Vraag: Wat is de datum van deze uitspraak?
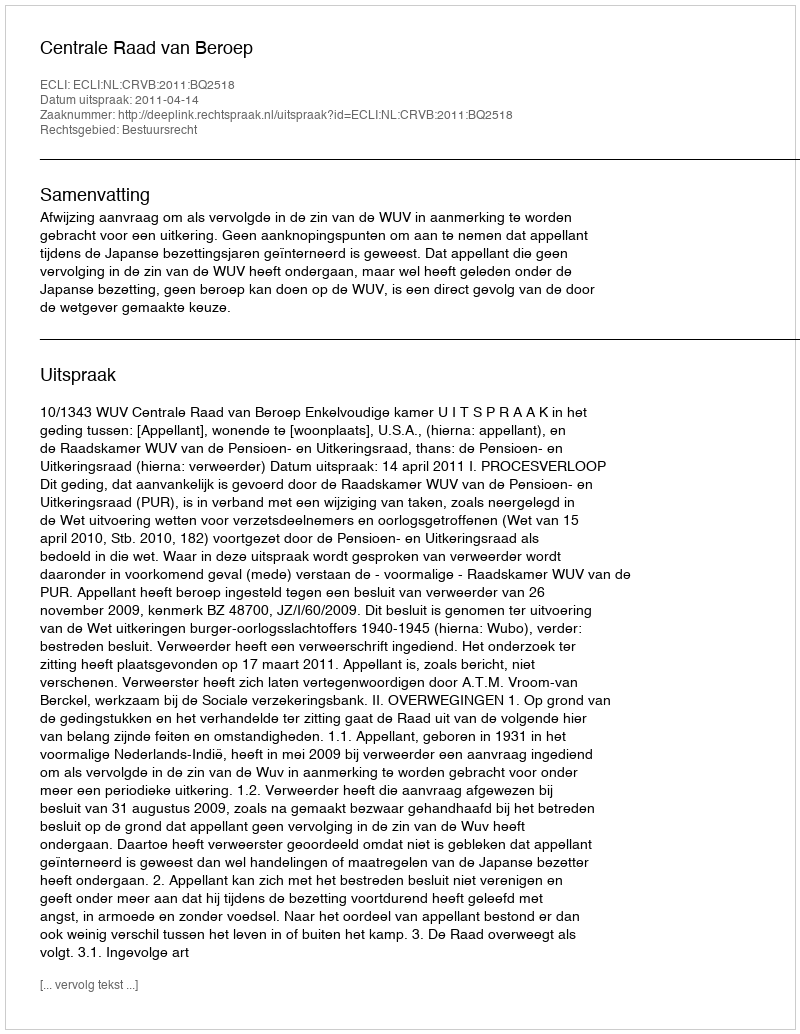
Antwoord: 2011-04-14